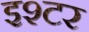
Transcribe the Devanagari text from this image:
इश्टर